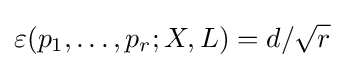
\varepsilon (p_{1},\ldots ,p_{r};X,L)=d/{\sqrt {r}}